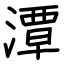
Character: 潭